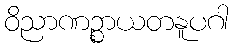
ဝိညာဏဉ္စာယတနူပဂါ